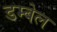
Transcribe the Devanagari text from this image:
डम्बेल